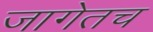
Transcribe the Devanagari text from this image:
जागेतच